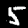
Digit: 5